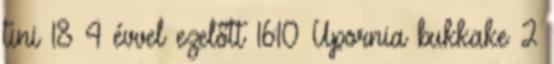
tini 18 4 évvel ezelőtt 16:10 Upornia bukkake 2